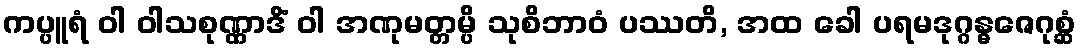
ကပ္ပူရံ ဝါ ဝါသစုဏ္ဏာဒိံ ဝါ အဏုမတ္တမ္ပိ သုစိဘာဝံ ပဿတိ, အထ ခေါ ပရမဒုဂ္ဂန္ဓဇေဂုစ္ဆံ